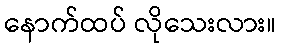
နောက်ထပ် လိုသေးလား။